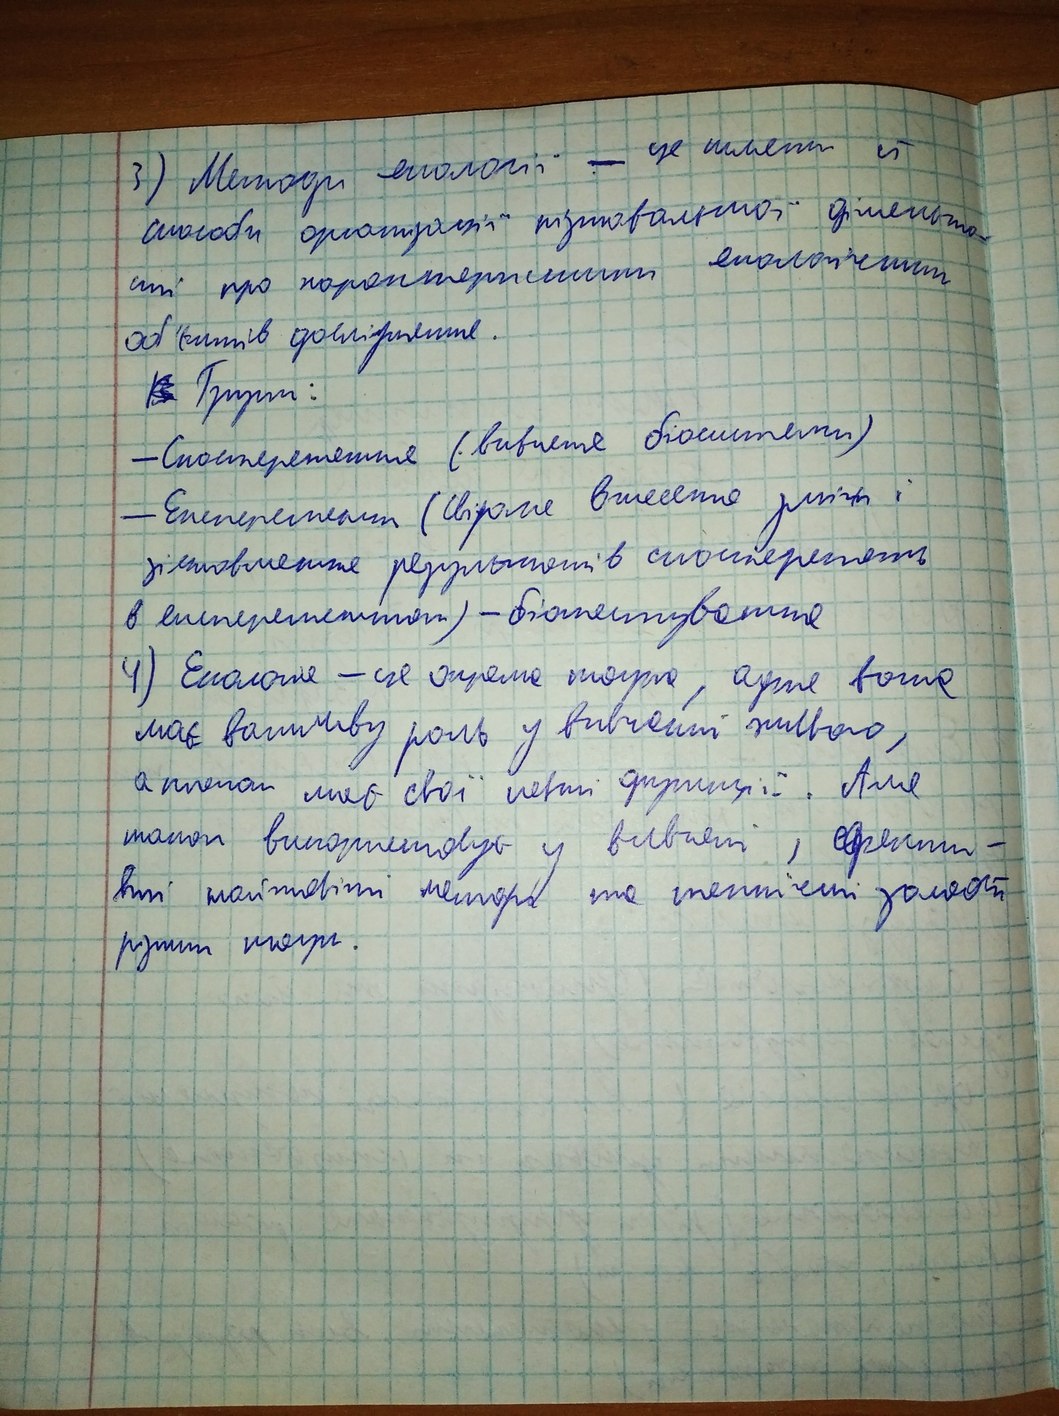
3) Методи екології - це шляхи й
способи організації пізнавальної діяльно-
сті про характеристики екологічних
об'єктів дослідження.
~~[illegible]~~ Групи:
- Спостереження (вивченя біосистеми)
- Експеримент (свідоме внесення змін і
зіставлення результатів спостережень
в експериментах) - біотестування
4) Екологія - це окрема наука, адже вона
має важливу роль у вивченні живого,
а також має свої певні функції. Але
також використовує у вивчені, ефекти-
вні найновіші методи та технічні  засоби
різних наук.